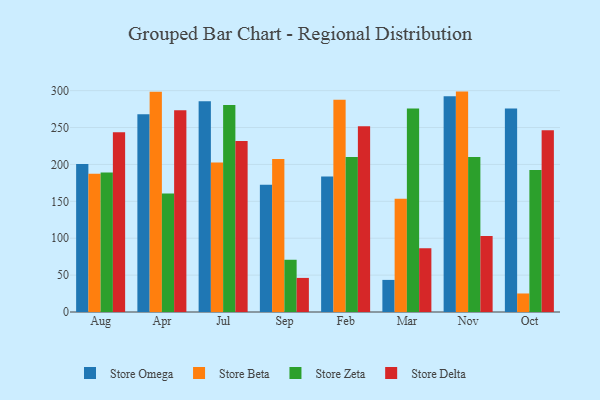
{"axis": {"x": "Month", "y": "Shipments"}, "legend": ["Store Beta", "Store Delta", "Store Omega", "Store Zeta"], "data": [{"x": "Aug", "y": 200.6, "type": "Store Omega"}, {"x": "Aug", "y": 187.3, "type": "Store Beta"}, {"x": "Aug", "y": 189.0, "type": "Store Zeta"}, {"x": "Aug", "y": 243.7, "type": "Store Delta"}, {"x": "Apr", "y": 268.1, "type": "Store Omega"}, {"x": "Apr", "y": 298.5, "type": "Store Beta"}, {"x": "Apr", "y": 160.6, "type": "Store Zeta"}, {"x": "Apr", "y": 273.5, "type": "Store Delta"}, {"x": "Jul", "y": 285.5, "type": "Store Omega"}, {"x": "Jul", "y": 202.7, "type": "Store Beta"}, {"x": "Jul", "y": 280.4, "type": "Store Zeta"}, {"x": "Jul", "y": 231.6, "type": "Store Delta"}, {"x": "Sep", "y": 172.4, "type": "Store Omega"}, {"x": "Sep", "y": 207.4, "type": "Store Beta"}, {"x": "Sep", "y": 70.8, "type": "Store Zeta"}, {"x": "Sep", "y": 46.2, "type": "Store Delta"}, {"x": "Feb", "y": 183.8, "type": "Store Omega"}, {"x": "Feb", "y": 287.7, "type": "Store Beta"}, {"x": "Feb", "y": 210.2, "type": "Store Zeta"}, {"x": "Feb", "y": 251.8, "type": "Store Delta"}, {"x": "Mar", "y": 43.5, "type": "Store Omega"}, {"x": "Mar", "y": 153.6, "type": "Store Beta"}, {"x": "Mar", "y": 275.8, "type": "Store Zeta"}, {"x": "Mar", "y": 86.4, "type": "Store Delta"}, {"x": "Nov", "y": 292.3, "type": "Store Omega"}, {"x": "Nov", "y": 298.7, "type": "Store Beta"}, {"x": "Nov", "y": 210.0, "type": "Store Zeta"}, {"x": "Nov", "y": 102.9, "type": "Store Delta"}, {"x": "Oct", "y": 275.7, "type": "Store Omega"}, {"x": "Oct", "y": 25.1, "type": "Store Beta"}, {"x": "Oct", "y": 192.3, "type": "Store Zeta"}, {"x": "Oct", "y": 246.4, "type": "Store Delta"}]}